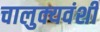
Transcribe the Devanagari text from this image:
चालुक्यवंशी